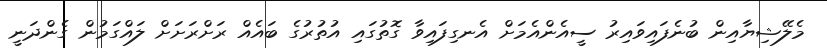
މެލޭޝިޔާއިން ބުނެފައިވައިރު ސީއެންއެމަށް އެނގިފައިވާ ގޮތުގައި އުތުރުގެ ބައެއް ރަށްރަށަށް ލައްގަމުން ގެންދަނީ